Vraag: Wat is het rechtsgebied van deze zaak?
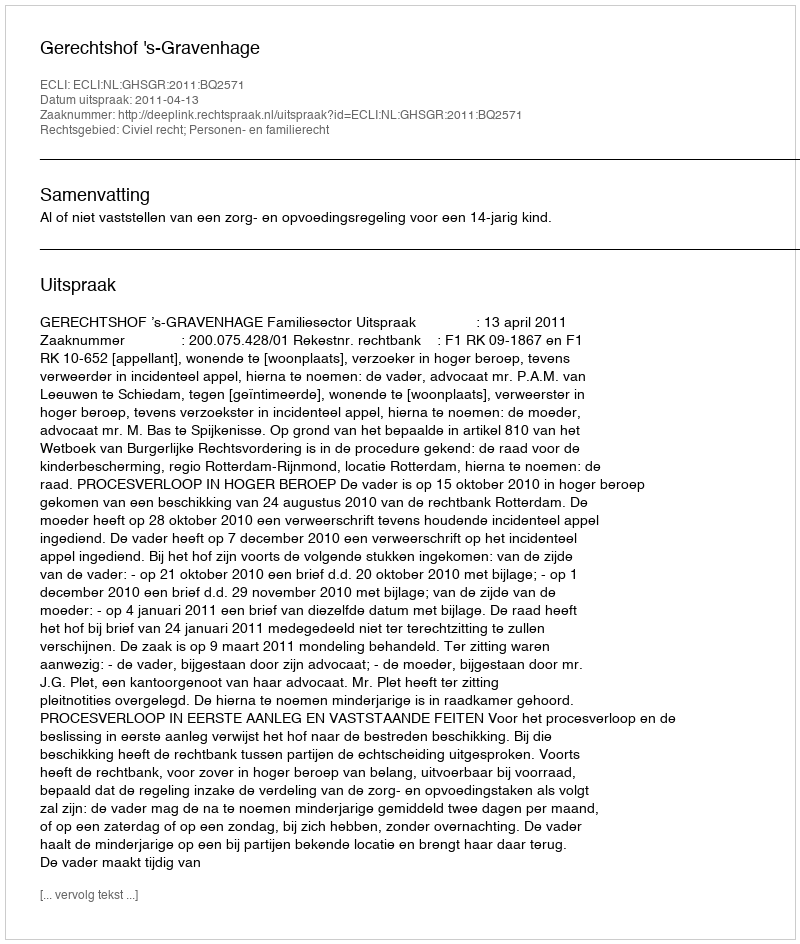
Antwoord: Civiel recht; Personen- en familierecht